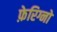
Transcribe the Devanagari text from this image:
फ़ेरिग्नो